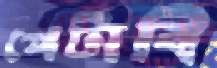
পেটাবি